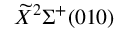
\widetilde { X } ^ { 2 } \Sigma ^ { + } ( 0 1 0 )